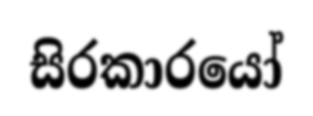
සිරකාරයෝ